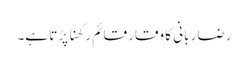
رضا ربانی کا وقار قائم رکھنا پڑتا ہے۔